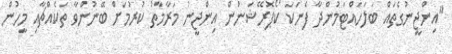
"އިންޖީނުގެތައް ބަލަހައްޓަމުންދާ ފެނަކަ ކޯޕޮރޭޝަނުން އިންޖީނު މަރާމާތު ކުރުމަށް ބޭނުންވާ ތަކެއްޗާއި މީހުން